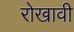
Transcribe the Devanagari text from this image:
रोखावी